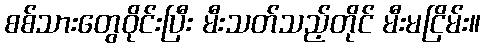
စစ်သားတွေဝိုင်းပြီး မီးသတ်သည့်တိုင် မီးမငြိမ်း။